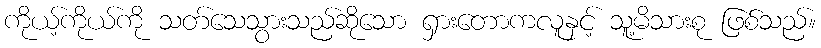
ကိုယ့်ကိုယ်ကို သတ်သေသွားသည်ဆိုသော ရှားတောကလူနှင့် သူ့မိသားစု ဖြစ်သည်။